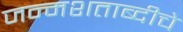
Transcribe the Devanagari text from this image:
जन्मशताब्दीचे